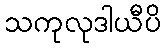
သကုလုဒါယီပိ